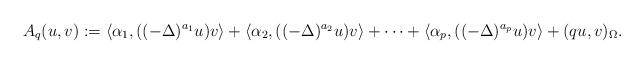
LaTeX: \begin{align*}A_q(u,v):=\left\langle \alpha_1, ((-\Delta)^{a_1}u)v \right\rangle + \left\langle \alpha_2, ((-\Delta)^{a_2}u)v \right\rangle + \cdots + \left\langle \alpha_p, ((-\Delta)^{a_p}u)v\right\rangle + (qu,v)_\Omega.\end{align*}